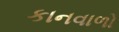
કાનવાળો